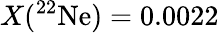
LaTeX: X(^{22}\mathrm{Ne})=0.0022